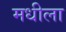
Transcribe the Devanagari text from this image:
मधीला